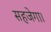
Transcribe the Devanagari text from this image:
सहजेगा।